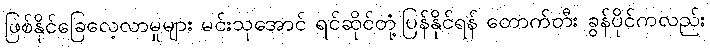
ဖြစ်နိုင်ခြေလေ့လာမှုများ မင်းသုအောင် ရင်ဆိုင်တုံ့ပြန်နိုင်ရန် တောက်တီး ခွန်ပိုင်ကလည်း